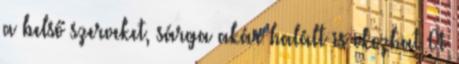
a belső szerveket, sárga akár halált is okozhat A